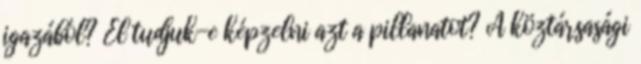
igazából? El tudjuk-e képzelni azt a pillanatot? A köztársasági